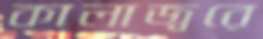
কালাজ্বরে